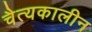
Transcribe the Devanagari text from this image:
चैत्यकालीन